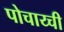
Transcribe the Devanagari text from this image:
पोचाय्ची